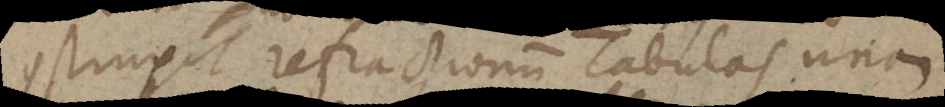
construxit refractionum tabulas unam